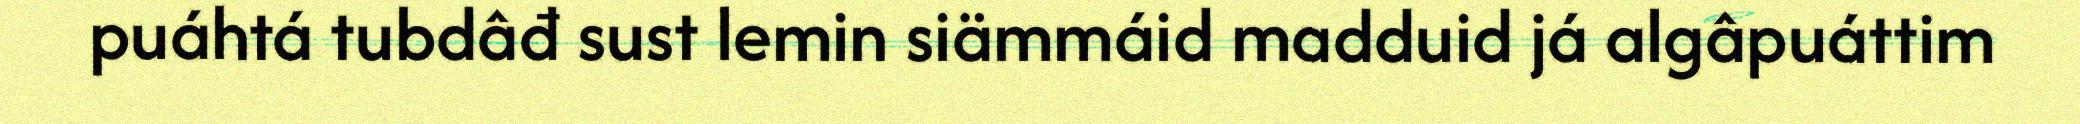
puáhtá tubdâđ sust lemin siämmáid madduid já algâpuáttim